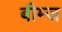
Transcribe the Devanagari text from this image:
बीम्ज